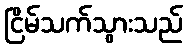
ငြိမ်သက်သွားသည်